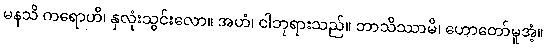
မနသိ ကရောဟိ၊ နှလုံးသွင်းလော။ အဟံ၊ ငါဘုရားသည်။ ဘာသိဿာမိ၊ ဟောတော်မူအံ့။